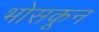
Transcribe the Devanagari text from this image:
भोसकून